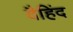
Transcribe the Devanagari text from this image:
वैहिंद